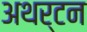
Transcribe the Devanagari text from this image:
अथर्टन